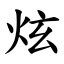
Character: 炫